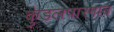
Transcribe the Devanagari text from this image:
कुंडलपारगाव